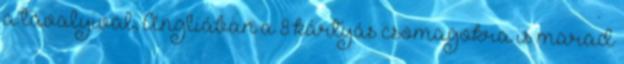
a tavalyival, Angliában a 8 kártyás csomagokra is marad